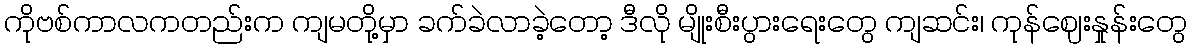
ကိုဗစ်ကာလကတည်းက ကျမတို့မှာ ခက်ခဲလာခဲ့တော့ ဒီလို မျိုးစီးပွားရေးတွေ ကျဆင်း၊ ကုန်ဈေးနှုန်းတွေ